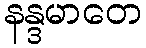
နန္ဒမာတေ